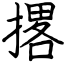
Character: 撂